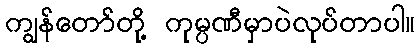
ကျွန်တော်တို့ ကုမ္ပဏီမှာပဲလုပ်တာပါ။